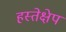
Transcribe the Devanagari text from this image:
हस्तेक्षेप